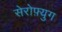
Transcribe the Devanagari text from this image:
सेरोफ़्युग